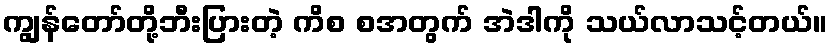
ကျွန်တော်တို့ဘီးပြားတဲ့ ကိစ္ စအတွက် အဲဒါကို သယ်လာသင့်တယ်။